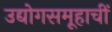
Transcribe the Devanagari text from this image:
उद्योगसमूहाचीं